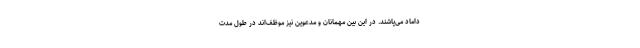
داماد می‌پاشند. در این بین مهمانان و مدعوین نیز موظف‌اند در طول مدت